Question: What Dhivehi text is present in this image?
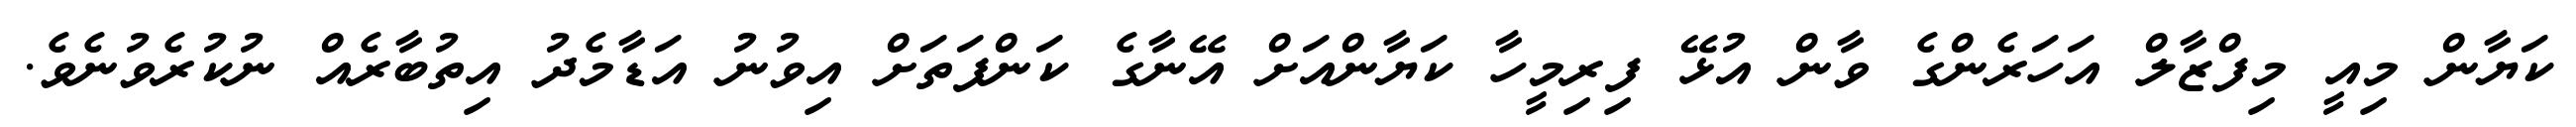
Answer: ކަޔާން މިއީ މިފްޒާލް އަހަރެންގެ ވާން އުޅޭ ފިރިމީހާ ކަޔާންއަށް އޭނާގެ ކަންފަތަށް އިވުނު އަޑާމެދު އިތުބާރެއް ނުކުރެވުނެވެ.